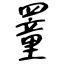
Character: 罿